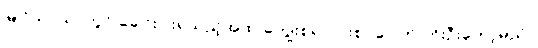
မြိုင်သာယာတွင် ခေါင်းပါးရသည့်အထဲ ကျွေးစရာ ပါးစပ်ပေါက် တိုးဦးတော့မည်။